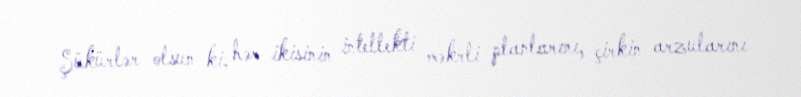
Şükürlər olsun ki, hər ikisinin intellekti məkrli planlarını, çirkin arzularını